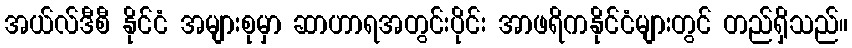
အယ်လ်ဒီစီ နိုင်ငံ အများစုမှာ ဆာဟာရအတွင်းပိုင်း အာဖရိကနိုင်ငံများတွင် တည်ရှိသည်။